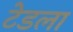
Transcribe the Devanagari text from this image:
टेडला